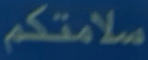
سلامتكم